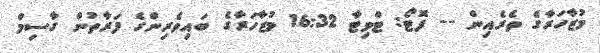
މުޒާހަރާގެ ތެރެއިން -- ފޮޓޯ: ޓްވިޓާ 16:32 މުޒާހަރާގެ ބައިވެރިންގެ ފަރާތުން ގާސިމް